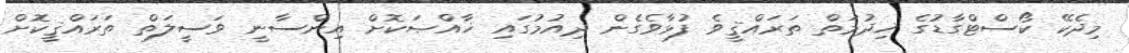
މިދެކޭ ކޯސްޓްގާޑުގެ ޚިދުމަތް ތަރައްޤީވެ ފުޅާވެގެން ދިއުމުގައި ޚާއްޞަކޮށް އިންސާނީ ވަސީލަތް ތަރައްޤީކޮށް